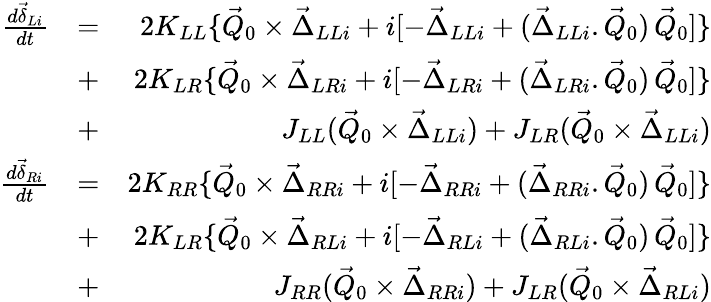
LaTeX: \begin{array}{rlr}{\frac{d\vec{\delta}_{Li}}{dt}}&{=}&{2K_{LL}\{ \vec{Q}_{0}\times\vec{\Delta}_{LLi}+i[-\vec{\Delta}_{LLi}+(\vec{\Delta}_{LLi}.\vec{Q}_{0})\, \vec{Q}_{0}]\} }\\ &{+}&{2K_{LR}\{ \vec{Q}_{0}\times\vec{\Delta}_{LRi}+i[-\vec{\Delta}_{LRi}+(\vec{\Delta}_{LRi}.\vec{Q}_{0})\, \vec{Q}_{0}]\} }\\ &{+}&{J_{LL}(\vec{Q}_{0}\times\vec{\Delta}_{LLi})+J_{LR}(\vec{Q}_{0}\times\vec{\Delta}_{LLi})}\\ {\frac{d\vec{\delta}_{Ri}}{dt}}&{=}&{2K_{RR}\{ \vec{Q}_{0}\times\vec{\Delta}_{RRi}+i[-\vec{\Delta}_{RRi}+(\vec{\Delta}_{RRi}.\vec{Q}_{0})\, \vec{Q}_{0}]\} }\\ &{+}&{2K_{LR}\{ \vec{Q}_{0}\times\vec{\Delta}_{RLi}+i[-\vec{\Delta}_{RLi}+(\vec{\Delta}_{RLi}.\vec{Q}_{0})\, \vec{Q}_{0}]\} }\\ &{+}&{J_{RR}(\vec{Q}_{0}\times\vec{\Delta}_{RRi})+J_{LR}(\vec{Q}_{0}\times\vec{\Delta}_{RLi})}\end{array}